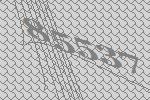
85537